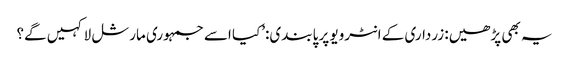
یہ بھی پڑھیں: زرداری کے انٹرویو پر پابندی:’کیا اسے جمہوری مارشل لا کہیں گے؟